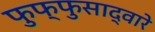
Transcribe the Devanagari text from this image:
फुफ्फुसाद्वारे